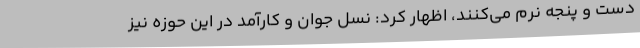
دست و پنجه نرم می‌کنند، اظهار کرد: نسل جوان و کارآمد در این حوزه نیز